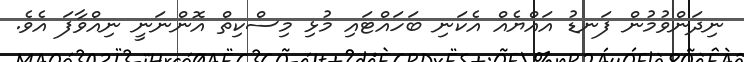
ނިދަންވުމުން ފަނޑު އައްޔެއް އެކަނި ބަހައްޓައި މުޅި މިސްކިތް އޮންނަނީ ނިއްވާާފަ އެވެ.